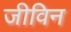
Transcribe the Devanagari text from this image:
जीविन